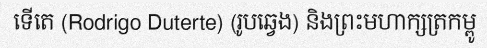
ទើតេ (Rodrigo Duterte) (រូបឆ្វេង) និងព្រះមហាក្សត្រកម្ពូ